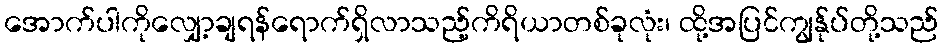
အောက်ပါကိုလျှော့ချရန်ရောက်ရှိလာသည့်ကိရိယာတစ်ခုလုံး၊ ထို့အပြင်ကျွန်ုပ်တို့သည်